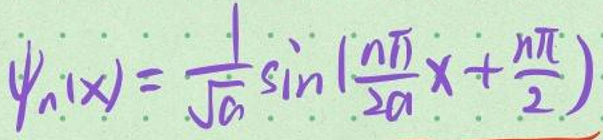
\(\psi_n(x)=\sqrt{\frac{1}{a}}\sin(\frac{n\pi}{2a}x+\frac{n\pi}{2})\)